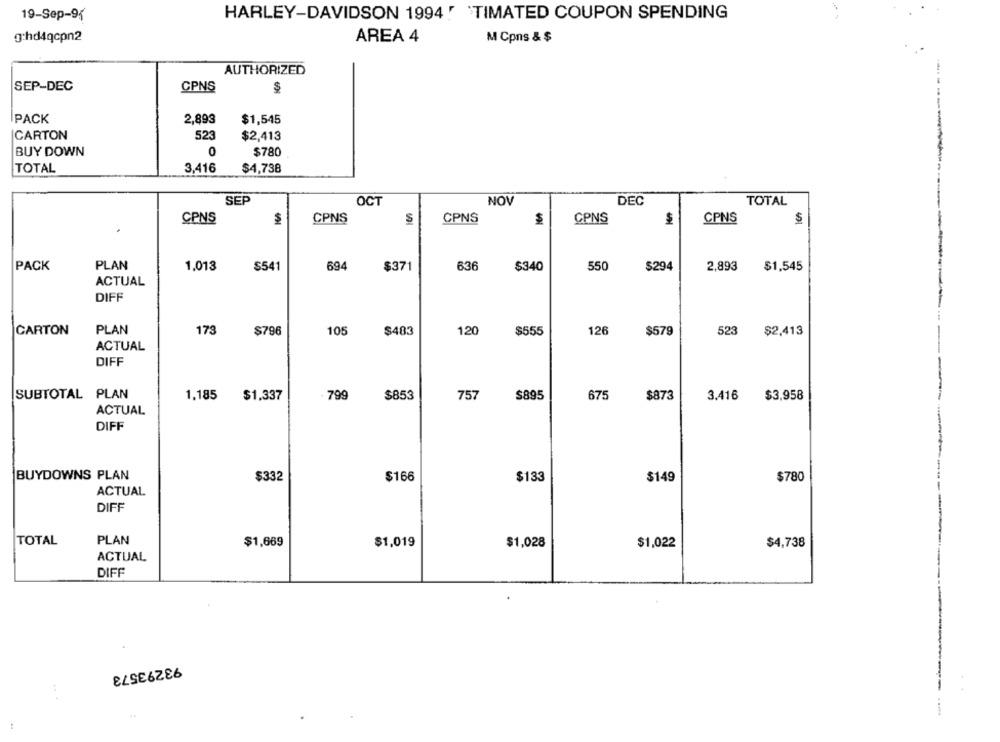
19-Sep-95
HARLEY-DAVIDSON 1994! TIMATED COUPON SPENDING
g:hd4qcpn2
AREA 4
M Cpns & $
AUTHORIZED
SEP-DEC
CPNS
PACK
2,893
$1,545
523
CARTON
$2,413
BUY DOWN
0
$780
TOTAL
3.416
$4,738
SEP
OCT
NOV
DEC
TOTAL
CPNS
$
CPNS
S
CPNS
$
CPNS
$
CPNS
$
PACK
PLAN
1.013
S541
694
$371
636
$340
550
$294
2,893
$1,545
ACTUAL
DIFF
CARTON
PLAN
173
$796
105
$483
120
$555
126
$579
523
$2,413
ACTUAL
DIFF
SUBTOTAL PLAN
1.185
$1,337
- 799
$853
757
$895
675
$873
3.416
$3,958
ACTUAL
DIFF
BUYDOWNS PLAN
$332
$166
$133
$149
$780
ACTUAL
DIFF
TOTAL
PLAN
$1,019
$1,669
$1,028
$1,022
$4,738
ACTUAL
DIFF
93293573